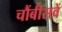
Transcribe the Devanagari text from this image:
चौंबीसवें